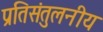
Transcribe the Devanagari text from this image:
प्रतिसंतुलनीय